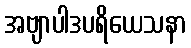
အဗျာပါဒပရိယေသနာ